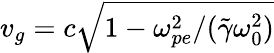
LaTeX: v_{g}=c\sqrt{1-\omega_{pe}^{2}/(\tilde{\gamma}\omega_{0}^{2})}